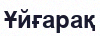
Ұйғарақ